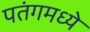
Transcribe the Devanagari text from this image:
पतंगमध्ये